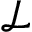
\mathcal { L }